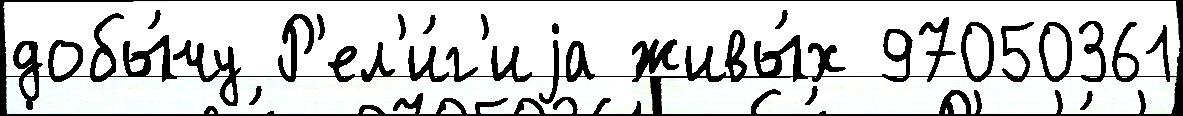
добы́чу Р'ел'и́г'иjа живы́х 97050361